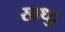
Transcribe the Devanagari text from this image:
साधुः